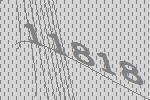
11818